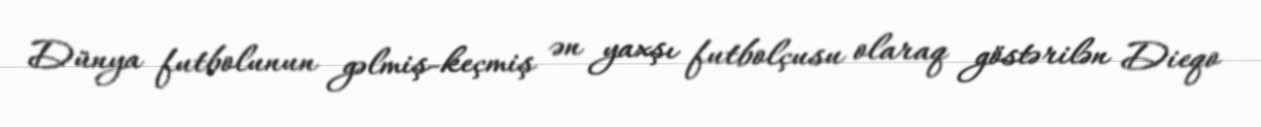
Dünya futbolunun gəlmiş-keçmiş ən yaxşı futbolçusu olaraq göstərilən Dieqo